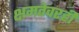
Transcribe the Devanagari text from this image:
क्षमतेवरही